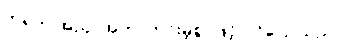
ကရုက အညှာအတာကင်းမဲ့စွာဖြင့် ဝင်ပြောသည်။